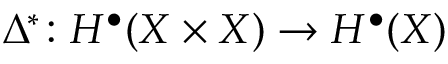
\Delta ^ { * } \colon H ^ { \bullet } ( X \times X ) \to H ^ { \bullet } ( X )